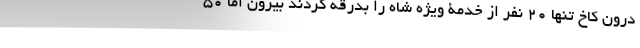
درون کاخ تنها 20 نفر از خدمۀ ویژه شاه را بدرقه کردند بیرون اما 50